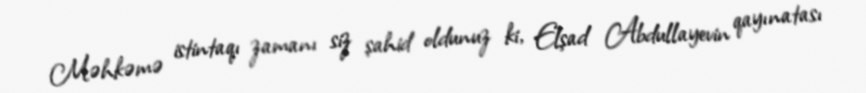
Məhkəmə istintaqı zamanı siz şahid oldunuz ki, Elşad Abdullayevin qayınatası